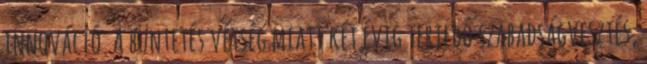
innováció. A büntetés vétség miatt két évig terjedő szabadságvesztés,